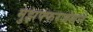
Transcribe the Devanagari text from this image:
मुझफ्फरजंगने